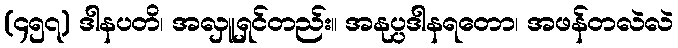
(၄၅၇) ဒါနပတိ၊ အလှူရှင်တည်း။ အနုပ္ပဒါနရတော၊ အဖန်တလဲလဲ